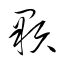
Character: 顆